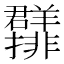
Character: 𱻖